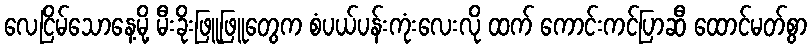
လေငြိမ်သောနေ့မို့ မီးခိုးဖြူဖြူတွေက စံပယ်ပန်းကုံးလေးလို ထက် ကောင်းကင်ပြာဆီ ထောင်မတ်စွာ